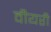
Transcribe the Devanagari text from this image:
वीयरी